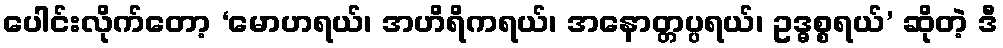
ပေါင်းလိုက်တော့ ‘မောဟရယ်၊ အဟိရိကရယ်၊ အနောတ္တပ္ပရယ်၊ ဥဒ္ဓစ္စရယ်’ ဆိုတဲ့ ဒီ